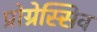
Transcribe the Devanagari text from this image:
प्रोग्रेस्सिव